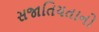
સજાતિયતાનો